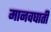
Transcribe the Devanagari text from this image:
मानवघाती